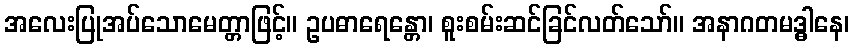
အလေးပြုအပ်သောမေတ္တာဖြင့်။ ဥပဓာရေန္တော၊ စူးစမ်းဆင်ခြင်လတ်သော်။ အနာဂတမဒ္ဓါနေ၊